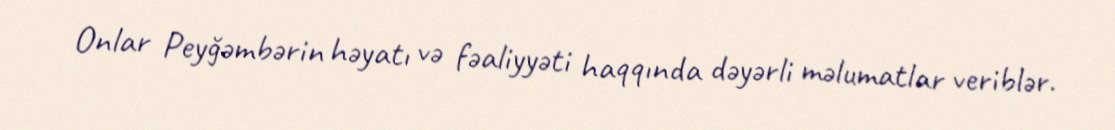
Onlar Peyğəmbərin həyatı və fəaliyyəti haqqında dəyərli məlumatlar veriblər.